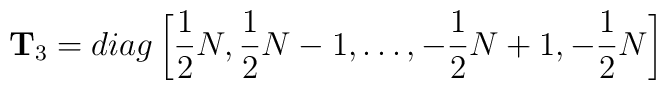
{\bf T}_3 = diag \left[{1 \over 2}N, {1\over 2}N -1, \dots ,-{1 \over 2} N +1, -{1 \over 2} N \right]